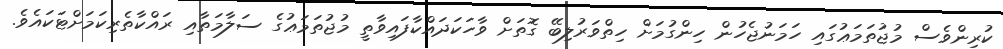
ކުރިންވެސް މުޖުތަމަޢުގައި ހަމަނުޖެހުން ހިންގުމަށް ހިތްވަރުލިބޭ ގޮތަށް ވާހަކަދައްކާފައިވާތީ މުޖުތަމަޢުގެ ސަލާމަތާއި ރައްކާތެރިކަމަށްޓަކައެވެ.